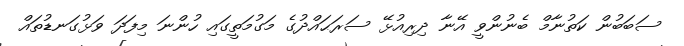
ސަބަބުން ކަތުނާމް ބެނުންވީ އޭނާ ދިރިއުޅޭ ސަރަޙައްދުގެ މަގުމަތީގައި ހުންނަ މިފަދަ ވަޅުގަނޑުތައް